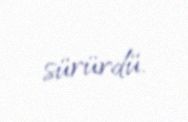
sürürdü.